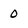
Character: 0